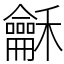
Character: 龢